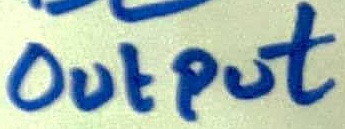
Text: OUTPUT